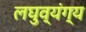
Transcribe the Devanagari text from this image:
लघुव्यंग्य